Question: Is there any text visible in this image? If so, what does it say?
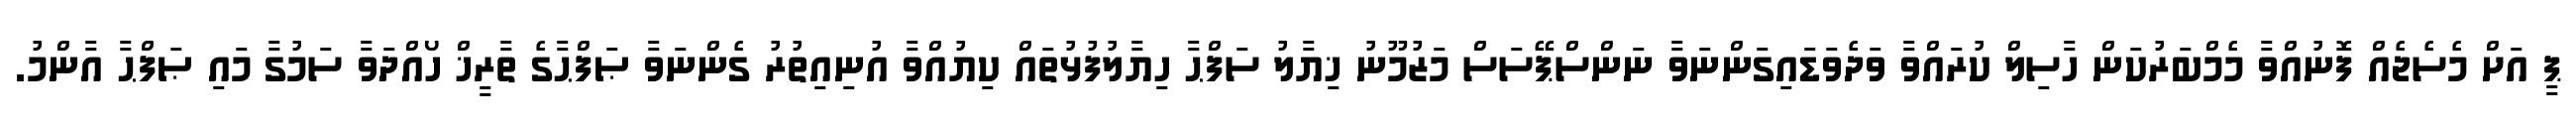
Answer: ޕީ އަށް މެސެޖެއް ފޮނުއްވާ މެމްބަރުކަން ހާސިލް ކުރައްވާ ވަދެވަޑައިގަންނަވާ ނަންސްޕޭސަސް މަޒުމޫނު ޚިޔާލު ސަފްޙާ ހިޔާލުފުޅުތައް ކިޔުއްވާ އުނިއިތުރު ގެންނަވާ ޞަފްޙާގެ ތާރީޚް ހޯއްދަވާ ސަމުގާ މައި ޞަފްޙާ އާންމު.